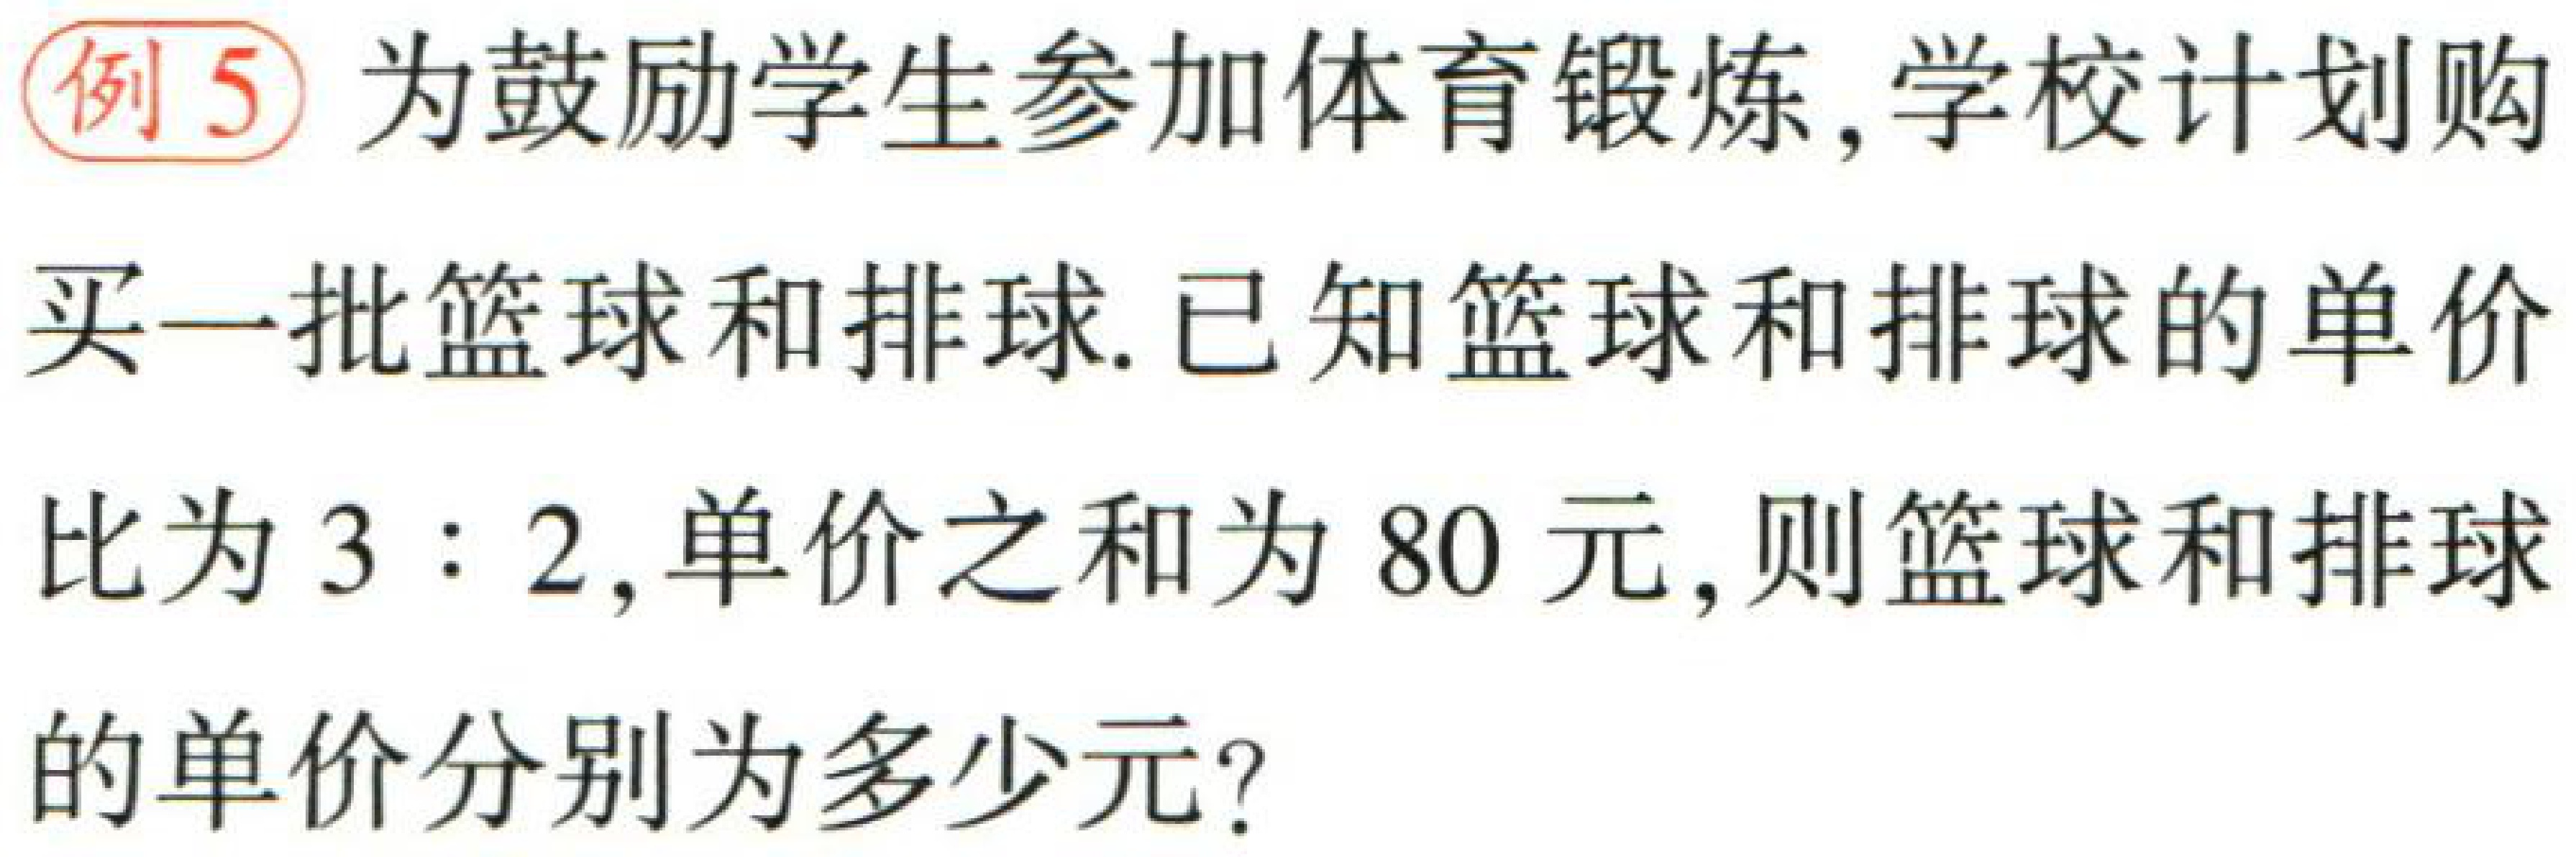
例5 为鼓励学生参加体育锻炼, 学校计划购

买一批篮球和排球. 已知篮球和排球的单价

比为 \(3:2\), 单价之和为 \(80\) 元, 则篮球和排球

的单价分别为多少元?